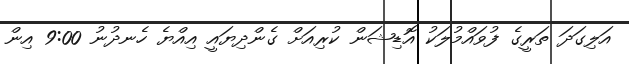
އަލިގަދަ ތަރީގެ ފުވައްމުލަކު އޮޑިޝަން ކުރިއަށް ގެންދިޔައީ އިއްޔެ ހެނދުނު 9:00 އިން